Document type: Recognition
Year: 1437
Scribe: Pere Ponçgem
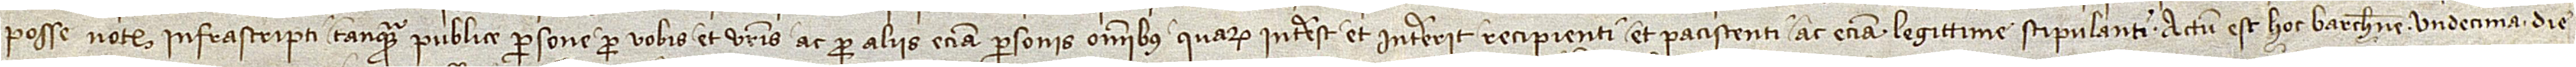
posse notarii infrascripti tanquam publice persone pro vobis et vestris ac pro aliis etiam personis omnibus quarum interest et intererit recipienti et paciscenti ac etiam legittime stipulanti. Actum est hoc Barchinone undecima die